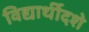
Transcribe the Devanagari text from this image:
विद्यार्थीदशे